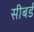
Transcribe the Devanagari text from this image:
सीबर्ड